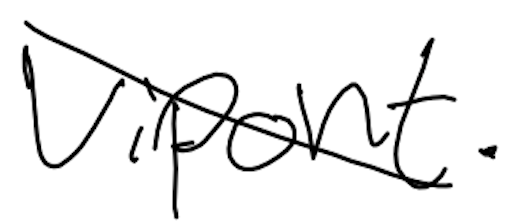
Text: Vipont.
Cross-out: mix
Writing tool: digital_black